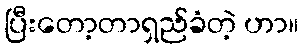
ပြီးတော့တာရှည်ခံတဲ့ ဟာ။